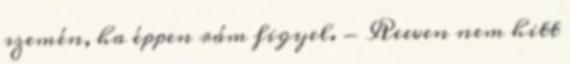
szemén, ha éppen rám figyel. - Reeven nem hitt